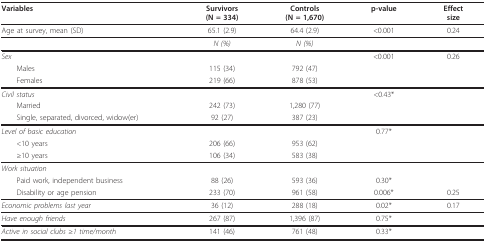
<table><thead><tr><td><b>Variables</b></td><td><b>Survivors(N = 334)</b></td><td><b>Controls(N = 1,670)</b></td><td><b>p-value</b></td><td><b>Effectsize</b></td></tr></thead><tbody><tr><td>Age at survey, mean (SD)</td><td>65.1 (2.9)</td><td>64.4 (2.9)</td><td>&lt;0.001</td><td>0.24</td></tr><tr><td></td><td><i>N (%)</i></td><td><i>N (%)</i></td><td></td><td></td></tr><tr><td><i>Sex</i></td><td></td><td></td><td>&lt;0.001</td><td>0.26</td></tr><tr><td> Males</td><td>115 (34)</td><td>792 (47)</td><td></td><td></td></tr><tr><td> Females</td><td>219 (66)</td><td>878 (53)</td><td></td><td></td></tr><tr><td><i>Civil status</i></td><td></td><td></td><td>&lt;0.43*</td><td></td></tr><tr><td> Married</td><td>242 (73)</td><td>1,280 (77)</td><td></td><td></td></tr><tr><td> Single, separated, divorced, widow(er)</td><td>92 (27)</td><td>387 (23)</td><td></td><td></td></tr><tr><td><i>Level of basic education</i></td><td></td><td></td><td>0.77*</td><td></td></tr><tr><td> &lt;10 years</td><td>206 (66)</td><td>953 (62)</td><td></td><td></td></tr><tr><td> ≥10 years</td><td>106 (34)</td><td>583 (38)</td><td></td><td></td></tr><tr><td><i>Work situation</i></td><td></td><td></td><td></td><td></td></tr><tr><td> Paid work, independent business</td><td>88 (26)</td><td>593 (36)</td><td>0.30*</td><td></td></tr><tr><td> Disability or age pension</td><td>233 (70)</td><td>961 (58)</td><td>0.006*</td><td>0.25</td></tr><tr><td><i>Economic problems last year</i></td><td>36 (12)</td><td>288 (18)</td><td>0.02*</td><td>0.17</td></tr><tr><td><i>Have enough friends</i></td><td>267 (87)</td><td>1,396 (87)</td><td>0.75*</td><td></td></tr><tr><td><i>Active in social clubs ≥1 time/month</i></td><td>141 (46)</td><td>761 (48)</td><td>0.33*</td><td></td></tr></tbody></table>